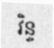
វិន្ទ